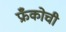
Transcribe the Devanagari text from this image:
फ्रँकोची